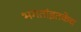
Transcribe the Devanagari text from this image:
भगतांइतकेच